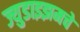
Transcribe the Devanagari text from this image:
ज्युडाइझमचे